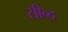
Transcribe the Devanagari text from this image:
सीन्द